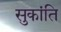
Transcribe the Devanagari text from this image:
सुकांति